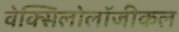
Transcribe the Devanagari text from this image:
वेक्सिलोलॉजीकल